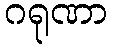
ဂရုဏာ